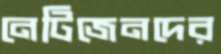
নেটিজেনদের